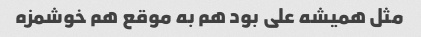
مثل همیشه علی بود هم به موقع هم خوشمزه